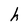
Character: h